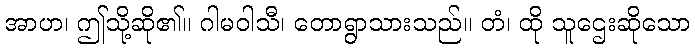
အာဟ၊ ဤသို့ဆို၏။ ဂါမဝါသီ၊ တောရွာသားသည်။ တံ၊ ထို သူဌေးဆိုသော